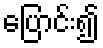
ပြောင်း၍